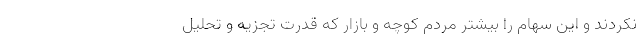
نکردند و این سهام را بیشتر مردم کوچه و بازار که قدرت تجزیه و تحلیل